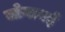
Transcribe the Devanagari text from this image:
जोगामई